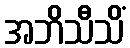
အဘိသီသိံ